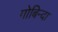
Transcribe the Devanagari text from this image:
गोबिन्दा